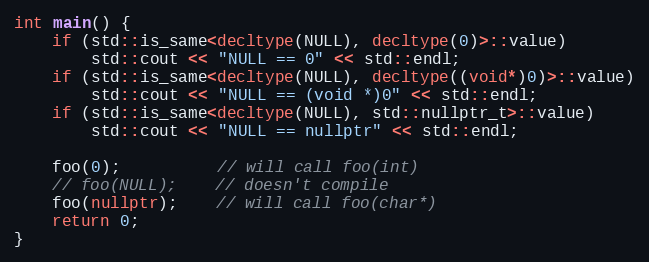
Language: C++
int main() {
    if (std::is_same<decltype(NULL), decltype(0)>::value)
        std::cout << "NULL == 0" << std::endl;
    if (std::is_same<decltype(NULL), decltype((void*)0)>::value)
        std::cout << "NULL == (void *)0" << std::endl;
    if (std::is_same<decltype(NULL), std::nullptr_t>::value)
        std::cout << "NULL == nullptr" << std::endl;

    foo(0);          // will call foo(int)
    // foo(NULL);    // doesn't compile
    foo(nullptr);    // will call foo(char*)
    return 0;
}